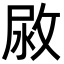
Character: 𢽷